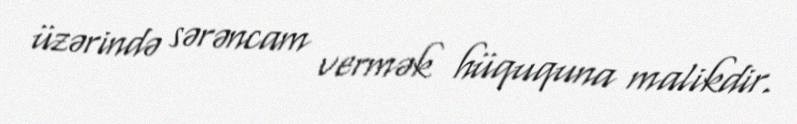
üzərində sərəncam vermək hüququna malikdir.